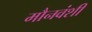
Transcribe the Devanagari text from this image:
मौनवंशी